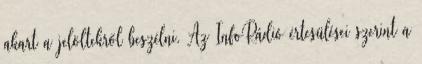
akart a jelöltekről beszélni. Az InfoRádió értesülései szerint a